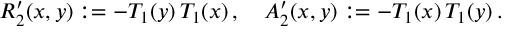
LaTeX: R _ { 2 } ^ { \prime } ( x , y ) : = - T _ { 1 } ( y ) \, T _ { 1 } ( x ) \, , \quad A _ { 2 } ^ { \prime } ( x , y ) : = - T _ { 1 } ( x ) \, T _ { 1 } ( y ) \, .